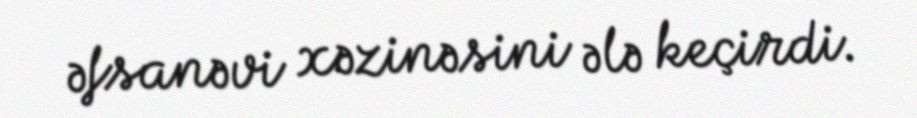
əfsanəvi xəzinəsini ələ keçirdi.